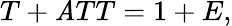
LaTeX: T+\mathit{A}TT=1+E,